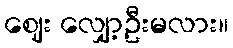
ဈေး လျှော့ဦးမလား။